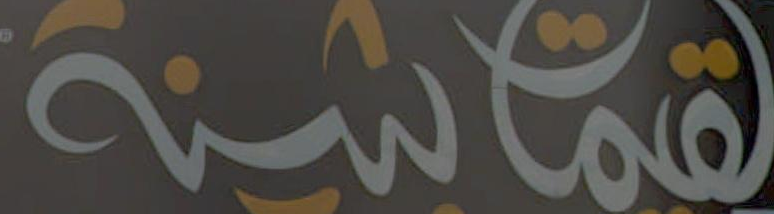
لقماشينة